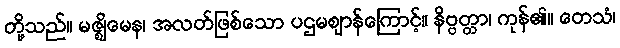
တို့သည်။ မဇ္ဈိမေန၊ အလတ်ဖြစ်သော ပဌမဈာန်ကြောင့်။ နိဗ္ဗတ္တာ၊ ကုန်၏။ တေသံ၊